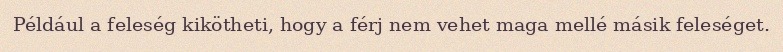
Például a feleség kikötheti, hogy a férj nem vehet maga mellé másik feleséget.